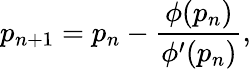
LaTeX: p_{n+1}=p_{n}-\frac{\phi(p_{n})}{\phi^{\prime}(p_{n})},